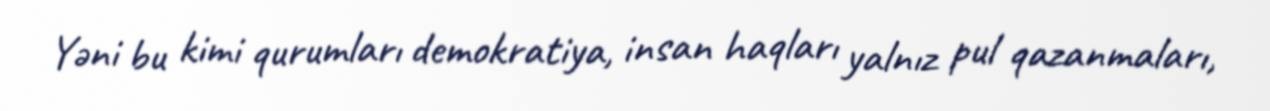
Yəni bu kimi qurumları demokratiya, insan haqları yalnız pul qazanmaları,